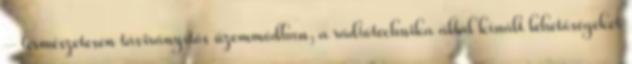
– természetesen távirányítós üzem­mód­ban, a rádiótechnika által kínált lehetőségeket